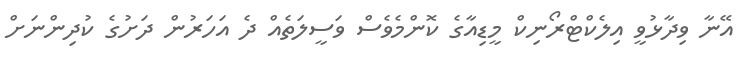
އޭނާ ވިދާޅުވީ އިލެކްޓްރޯނިކް މީޑިއާގެ ކޮންމެވެސް ވަސީލަތެއް ދެ އަހަރުން ދަށުގެ ކުދިންނަށް